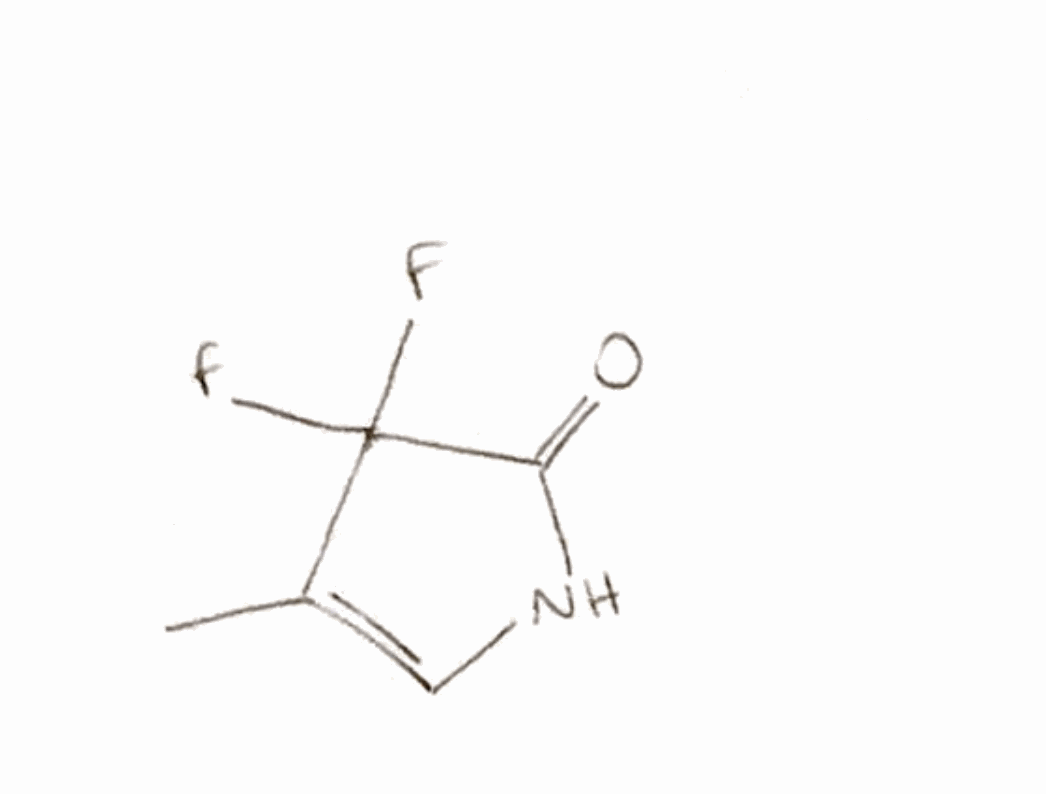
Simplified molecular-input line-entry system (SMILES) notation of the given molecule:
CC1=CNC(=O)C1(F)F